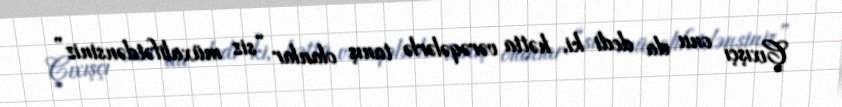
Çıxışçı onu da dedi ki, hətta vərəqələrlə tanış olanlar “siz müxalifətdənsiniz”